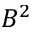
B ^ { 2 }